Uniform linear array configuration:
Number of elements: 12
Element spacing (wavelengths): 0.25
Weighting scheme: hann
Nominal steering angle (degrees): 30
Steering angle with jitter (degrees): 29.923
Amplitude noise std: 0.05
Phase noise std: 0.05

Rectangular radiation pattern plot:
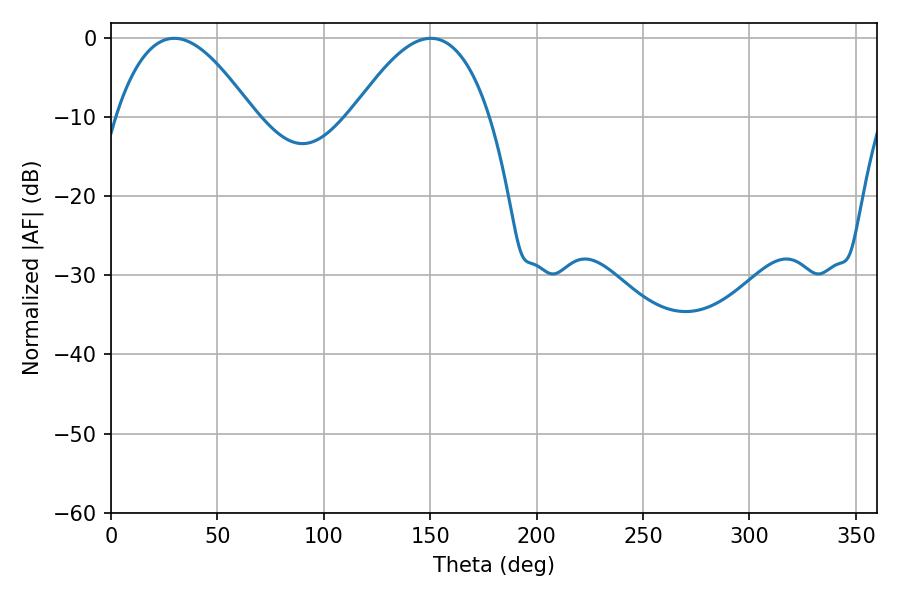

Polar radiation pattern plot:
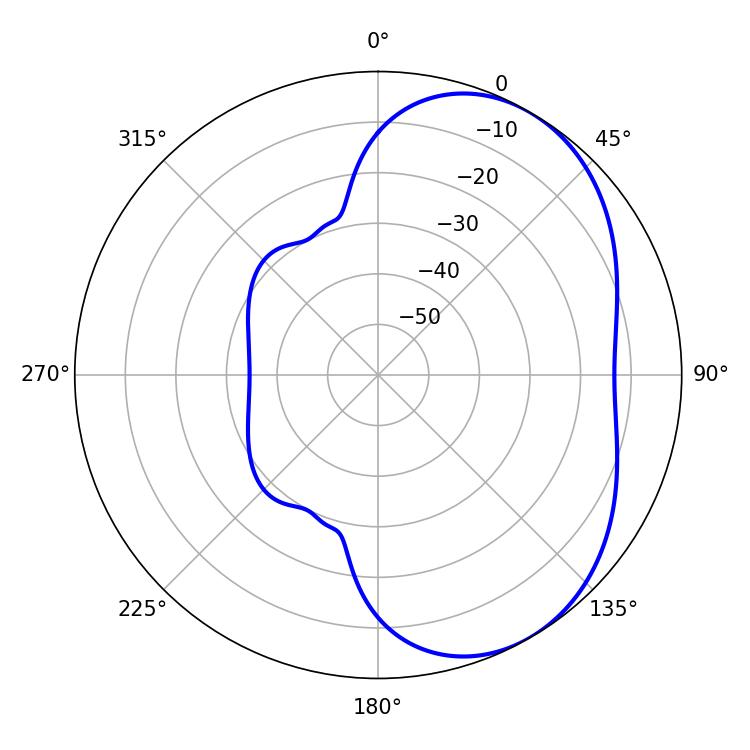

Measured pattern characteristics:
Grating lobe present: FALSE
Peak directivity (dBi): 4.403
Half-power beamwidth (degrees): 35.28
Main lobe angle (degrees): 29.7